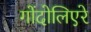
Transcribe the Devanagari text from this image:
गोंदोलिएरे